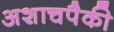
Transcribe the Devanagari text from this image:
अशाचपैकी